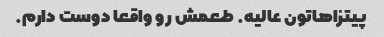
پیتزاهاتون عالیه. طعمش رو واقعا دوست دارم.